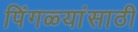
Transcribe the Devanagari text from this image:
पिंगळ्यांसाठी